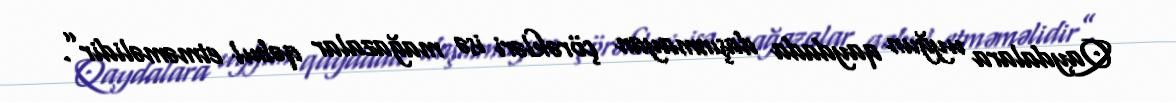
Qaydalara uyğun qaydada daşınmayan çörəkləri isə mağazalar qəbul etməməlidir”.